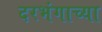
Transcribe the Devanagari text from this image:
दरभंगाच्या